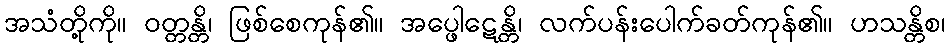
အသံတို့ကို။ ဝတ္တန္တိ၊ ဖြစ်စေကုန်၏။ အပ္ဖေါဋေန္တိ၊ လက်ပန်းပေါက်ခတ်ကုန်၏။ ဟသန္တိစ၊